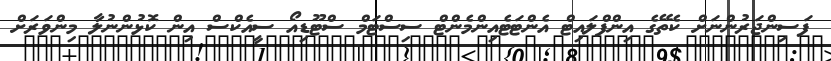
ފަސިންޖަރުންނަށް ކެތޭގެ އިންފްލައިޓް އެންޓަޓެއިންމެންޓް ސިސްޓަމް ސްޓޫޑިއޯ ސީއެކްސް އިން ކޮޅުންނުލާ މިންވަރަށް